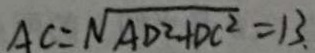
A C = \sqrt { A D ^ { 2 } + D C ^ { 2 } } = 1 3 .